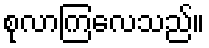
စုလာကြလေသည်။